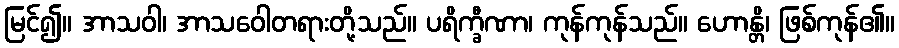
မြင်၍။ အာသဝါ၊ အာသဝေါတရားတို့သည်။ ပရိက္ခီဏာ၊ ကုန်ကုန်သည်။ ဟောန္တိ၊ ဖြစ်ကုန်၏။